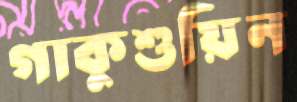
গাকুশুয়িন